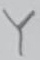
Text: Y